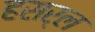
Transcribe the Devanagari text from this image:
हसर्ल